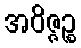
အဝိဇ္ဇဉ္စ